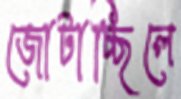
জোটাচ্ছিলে